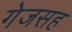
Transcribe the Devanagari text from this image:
गेजसह